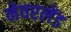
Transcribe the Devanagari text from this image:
नेवरलेंड